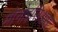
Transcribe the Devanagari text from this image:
मोनोइसिअस